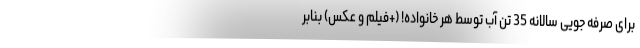
برای صرفه جویی سالانه 35 تن آب توسط هر خانواده! (+فیلم و عکس) بنابر